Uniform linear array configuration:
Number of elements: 16
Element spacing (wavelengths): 0.25
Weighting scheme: hamming
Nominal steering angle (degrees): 15
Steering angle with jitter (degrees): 14.473
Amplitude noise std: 0.05
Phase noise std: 0.05

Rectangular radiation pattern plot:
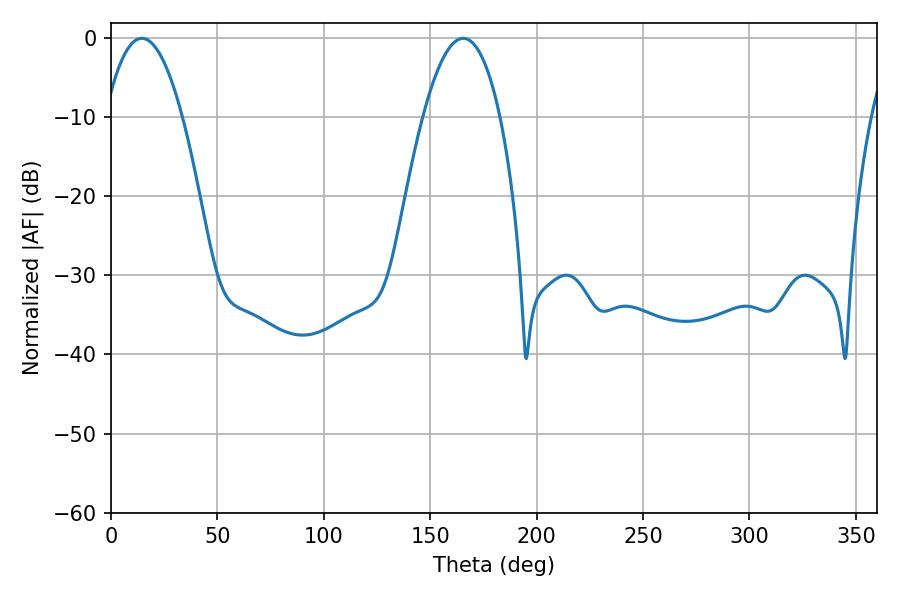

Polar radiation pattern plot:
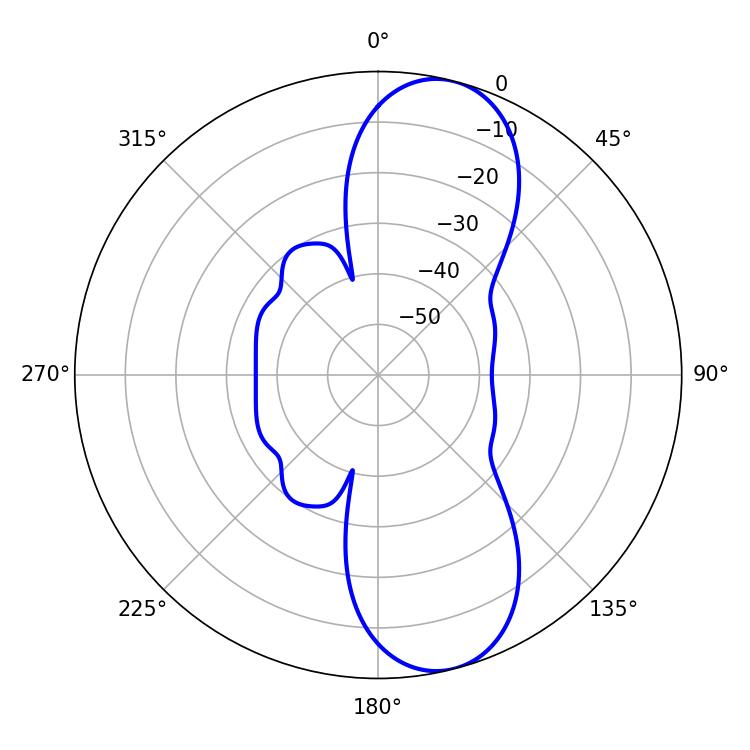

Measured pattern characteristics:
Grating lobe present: FALSE
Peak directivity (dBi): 10.182
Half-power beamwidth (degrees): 20.16
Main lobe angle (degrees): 14.58